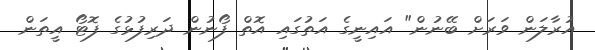
އުރާލަން ވަރަށް ބޭނުން" އައިނީގެ އަތުގައި އޮތް ފޯނުން ދަރިފުޅުގެ ފޮޓޯ އީތަން